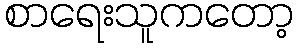
စာရေးသူကတော့